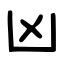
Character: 凶